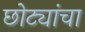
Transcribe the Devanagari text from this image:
छोट्यांचा